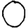
Digit: 0